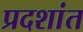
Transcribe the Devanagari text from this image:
प्रदशांत